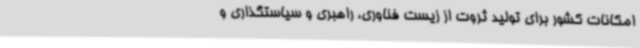
امکانات کشور برای تولید ثروت از زیست فناوری، راهبری و سیاستگذاری و